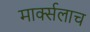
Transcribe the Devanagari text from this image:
मार्क्‍सलाच